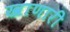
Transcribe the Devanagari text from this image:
खाणारी